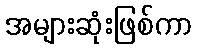
အများဆုံးဖြစ်ကာ